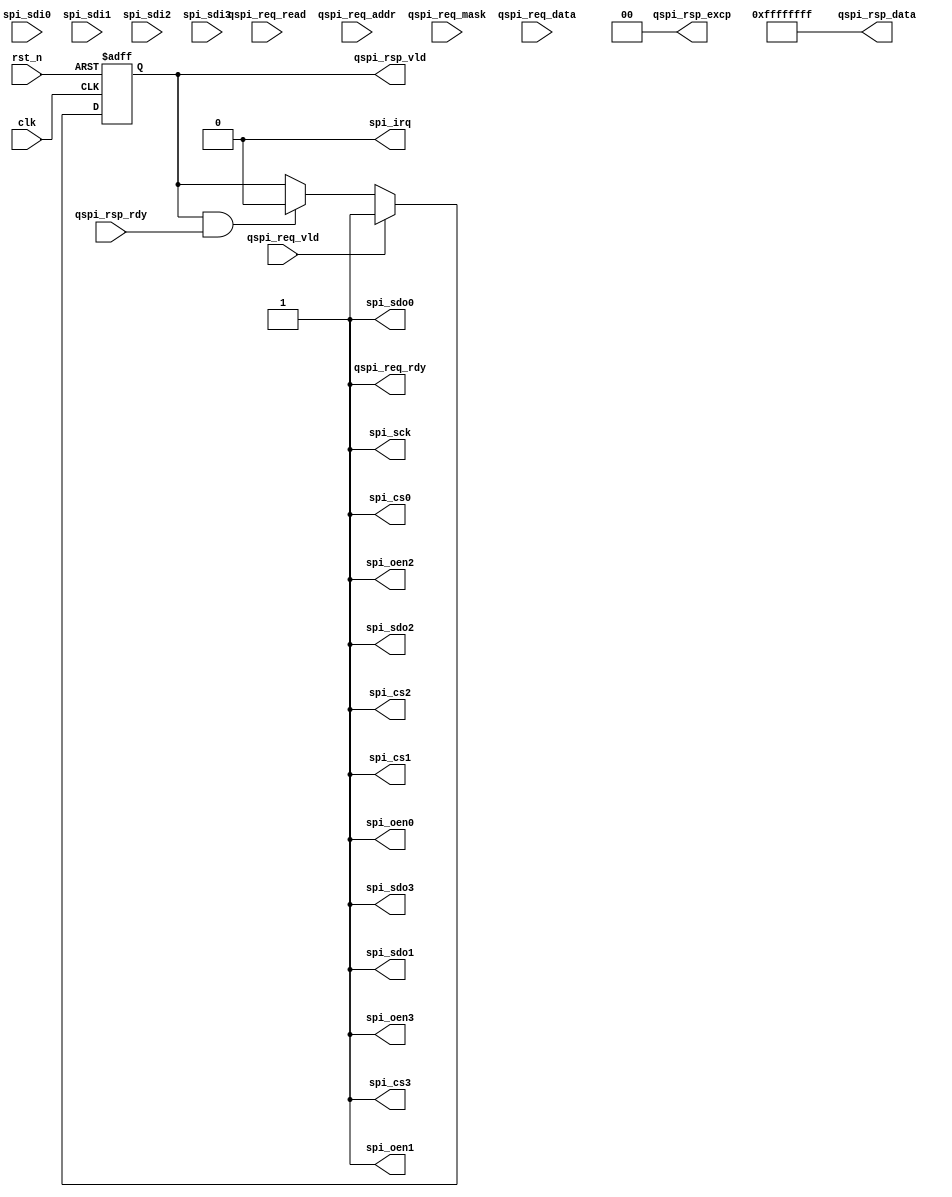
//************************************************************
// See LICENSE for license details.
//
// Module: uv_qspi
//
// Designer: Owen
//
// Description:
//      FIXME: Quad-SPI to be implemented.
//      Compatible with Dual-SPI and standard SPI.
//************************************************************

`timescale 1ns / 1ps

module uv_qspi
#(
    parameter ALEN                  = 12,
    parameter DLEN                  = 32,
    parameter MLEN                  = DLEN / 8
)
(
    input                           clk,
    input                           rst_n,

    input                           qspi_req_vld,
    output                          qspi_req_rdy,
    input                           qspi_req_read,
    input  [ALEN-1:0]               qspi_req_addr,
    input  [MLEN-1:0]               qspi_req_mask,
    input  [DLEN-1:0]               qspi_req_data,

    output                          qspi_rsp_vld,
    input                           qspi_rsp_rdy,
    output [1:0]                    qspi_rsp_excp,
    output [DLEN-1:0]               qspi_rsp_data,

    output                          spi_sck,
    output                          spi_cs0,
    output                          spi_cs1,
    output                          spi_cs2,
    output                          spi_cs3,
    output                          spi_oen0,
    output                          spi_oen1,
    output                          spi_oen2,
    output                          spi_oen3,
    output                          spi_sdo0,
    output                          spi_sdo1,
    output                          spi_sdo2,
    output                          spi_sdo3,
    input                           spi_sdi0,
    input                           spi_sdi1,
    input                           spi_sdi2,
    input                           spi_sdi3,

    output                          spi_irq
);

    localparam UDLY = 1;

    reg                             rsp_vld_r;

    assign qspi_req_rdy             = 1'b1;
    assign qspi_rsp_vld             = rsp_vld_r;
    assign qspi_rsp_excp            = 2'b0;
    assign qspi_rsp_data            = {DLEN{1'b1}};

    assign spi_sck                  = 1'b1;
    assign spi_cs0                  = 1'b1;
    assign spi_cs1                  = 1'b1;
    assign spi_cs2                  = 1'b1;
    assign spi_cs3                  = 1'b1;
    assign spi_oen0                 = 1'b1;
    assign spi_oen1                 = 1'b1;
    assign spi_oen2                 = 1'b1;
    assign spi_oen3                 = 1'b1;
    assign spi_sdo0                 = 1'b1;
    assign spi_sdo1                 = 1'b1;
    assign spi_sdo2                 = 1'b1;
    assign spi_sdo3                 = 1'b1;
    assign spi_irq                  = 1'b0;

    always @(posedge clk or negedge rst_n) begin
        if (~rst_n) begin
            rsp_vld_r <= 1'b0;
        end
        else begin
            if (qspi_req_vld & qspi_req_rdy) begin
                rsp_vld_r <= #UDLY 1'b1;
            end
            else if (qspi_rsp_vld & qspi_rsp_rdy) begin
                rsp_vld_r <= #UDLY 1'b0;
            end
        end
    end

endmodule